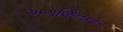
અગણિતવાર